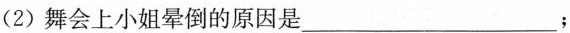
(2)舞会上小姐晕倒的原因是___﹔